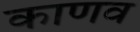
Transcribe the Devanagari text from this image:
काणव